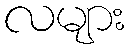
လများ